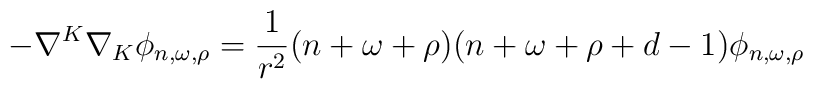
-\nabla^K\nabla_K \phi_{n,\omega,\rho}={1 \over r^2}(n+\omega +\rho)(n+\omega +\rho+d-1)\phi_{n,\omega,\rho}